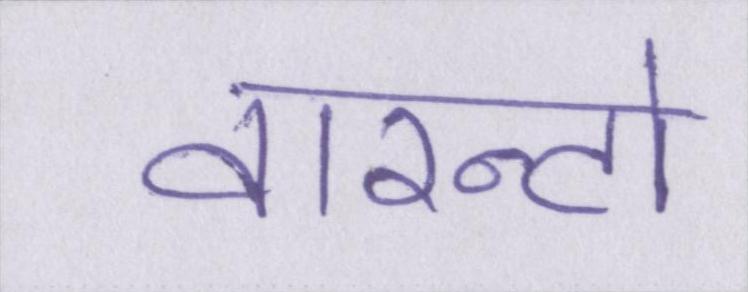
वारन्टो